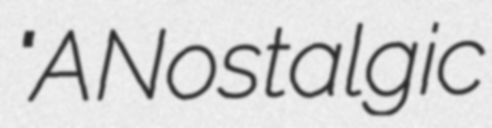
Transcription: "A Nostalgic